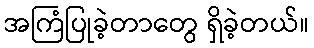
အကြံပြုခဲ့တာတွေ ရှိခဲ့တယ်။